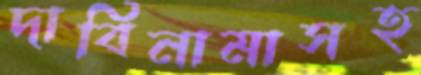
দাবিনামাসহ